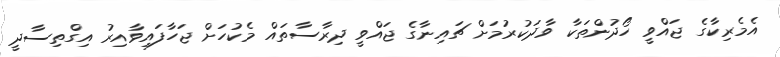
އެމެރިކާގެ ޖައްވީ ހޯދުންތަކާ ވާދަކުރުމަށް ޗައިނާގެ ޖައްވީ ދިރާސާތައް މެކުހަށް ޖަހާފައިވާއިރު އިގްތިސާދީ